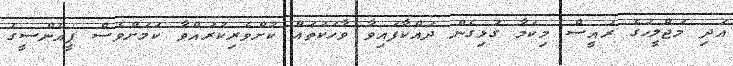
އަދި މަޖްލީހުގެ ރައީސް މިކަމާ ގުޅިގެން ދައްކާފައިވާ ވާހަކަތައް ކުށްވެރިކުރައްވާ ކަމަށްވެސް ޕީއެންސީގެ